Report of the King Institute of Preventive Medicine, Guindy
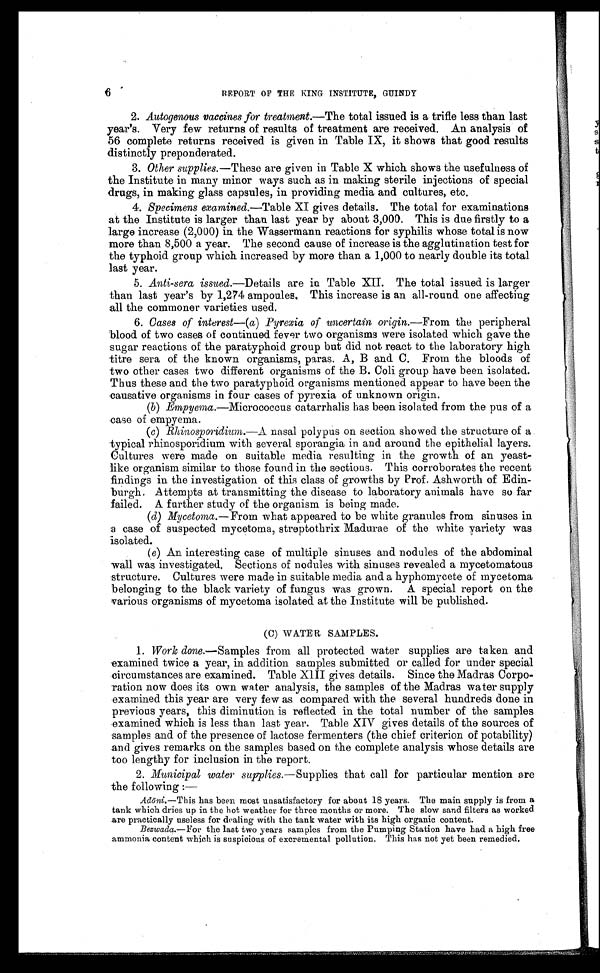
6
REPORT OF THE KING INSTITUTE, GUINDY
2. Autogenous vaccines for treatment. —The total issued is a trifle less than last
year's. Very few returns of results of treatment are received. An analysis of
56 complete returns received is given in Table IX, it shows that good results
distinctly preponderated.
3. Other supplies.—These are given in Table X which shows the usefulness of
the Institute in many minor ways such as in making sterile injections of special
drugs, in making glass capsules, in providing media and cultures, etc.
4. Specimens examined. —Table XI gives details. The total for examinations
at the Institute is larger than last year by about 3,000. This is due firstly to a
large increase (2,000) in the Wassermann reactions for syphilis whose total is now
more than 8,500 a year. The second cause of increase is the agglutination test for
the typhoid group which increased by more than a 1,000 to nearly double its total
last year.
5. Anti-sera issued.—Details are in Table XII. The total issued is larger
than last year's by 1,274 ampoules. This increase is an all-round one affecting
all the commoner varieties used.
6. Cases of interest—(a) Pyrexia of uncertain origin.—From the peripheral
blood of two cases of continued fever two organisms were isolated which gave the
sugar reactions of the paratyphoid group but did not react to the laboratory high
titre sera of the known organisms, paras. A, B and C. From the bloods of
two other cases two different organisms of the B.Coli group have been isolated.
Thus these and the two paratyphoid organisms mentioned appear to have been the
causative organisms in four cases of pyrexia of unknown origin.
(b) Empyema. —Micrococcus catarrhalis has been isolated from the pus of a
case of empyema.
(c) Rhinosporidium. —A nasal polypus on section showed the structure of a
typical rhinosporidium with several sporangia in and around the epithelial layers.
Cultures were made on suitable media resulting in the growth of an yeast-
like organism similar to those found in the sections. This corroborates the recent
findings in the investigation of this class of growths by Prof. Ashworth of Edin-
burgh. Attempts at transmitting the disease to laboratory animals have so far
failed. A further study of the organism is being made.
(d) Mycetoma. —From what appeared to be white granules from sinuses in
a case of suspected mycetoma, streptothrix Madurae of the white variety was
isolated.
(e) An interesting case of multiple sinuses and nodules of the abdominal
wall was investigated. Sections of nodules with sinuses revealed a mycetomatous
structure. Cultures were made in suitable media and a hyphomycete of mycetoma
belonging to the black variety of fungus was grown. A special report on the
various organisms of mycetoma isolated at the Institute will be published.
(C) WATER SAMPLES.
1. Work done.—Samples from all protected water supplies are taken and
examined twice a year, in addition samples submitted or called for under special
circumstances are examined. Table XIII gives details. Since the Madras Corpo
-
ration now does its own water analysis, the samples of the Madras water supply
examined this year are very few as compared with the several hundreds done in
previous years, this diminution is reflected in the total number of the samples
examined which is less than last year. Table XIV gives details of the sources of
samples and of the presence of lactose fermenters (the chief criterion of potability)
and gives remarks on the samples based on the complete analysis whose details are
too lengthy for inclusion in the report.
2. Municipal water supplies.—Supplies that call for particular mention are
the following:—
Adōni.—This has been most unsatisfactory for about 18 years. The main supply is from a
tank which dries up in the hot weather for three months or more. The slow sand filters as worked
are practically useless for dealing with the tank water with its high organic content.
Bezwada.—For the last two years samples from the Pumping Station have had a high free
ammonia content which is suspicious of excremental pollution. This has not yet been remedied.